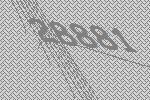
28881